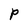
Character: P